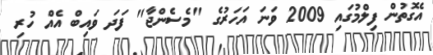
އެގޮތުން ފިލްމުގައި 2009 ވަނަ އަހަރުގެ "މެސެންޖާ" ފަދަ ވައިބް އެއް ހުރި